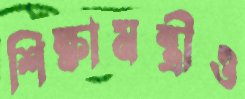
শিক্ষামন্ত্রীও